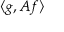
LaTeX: \langle g , A f \rangle